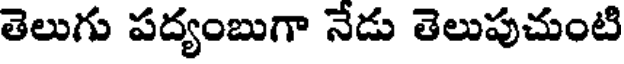
తెలుగు పద్యంబుగా నేడు తెలుపుచుంటి